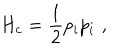
H _ { c } = { \frac { 1 } { 2 } } p _ { i } p _ { i } \, \, ,